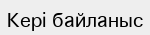
Кері байланыс